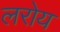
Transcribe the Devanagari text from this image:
लरोय